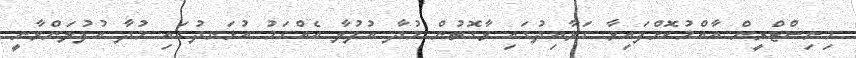
މިނިސްޓްރީން އާއްމުކޮށްފައިވާ ގަވާއިދުގައި ވާގޮތުން މުދާ އުފުލާ އެއްގަމު އުޅަނދުގައި މުދާ އުފުލަންވާނީ